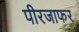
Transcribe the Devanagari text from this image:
पीरजाफर